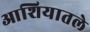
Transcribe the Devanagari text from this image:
आशियातले